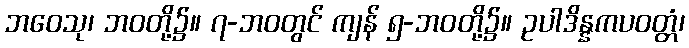
ဘဝေသု၊ ဘဝတို့၌။ ၇-ဘဝတွင် ကျန် ၅-ဘဝတို့၌။ ဥပါဒိန္နကပဝတ္တံ၊